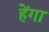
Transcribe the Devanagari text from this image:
हेंगा